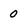
Character: O